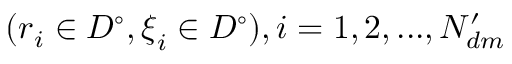
( \boldsymbol { r } _ { i } \in D ^ { \circ } , \boldsymbol { \xi } _ { i } \in D ^ { \circ } ) , i = 1 , 2 , . . . , N _ { d m } ^ { \prime }